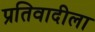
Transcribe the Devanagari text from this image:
प्रतिवादीला